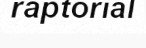
raptorial